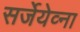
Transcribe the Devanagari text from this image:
सर्जेयेव्ना